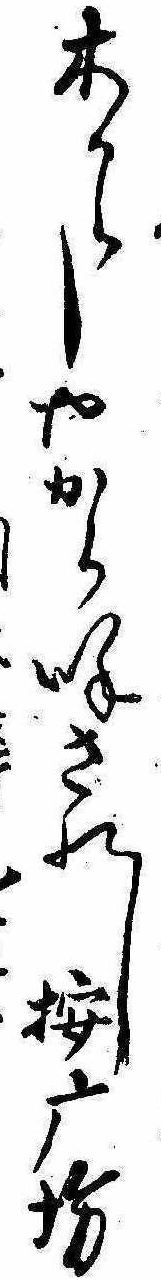
木からしやから呼されし按摩坊